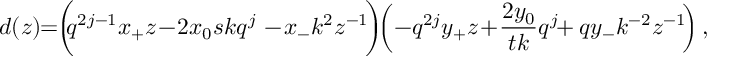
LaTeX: d ( z ) \! \! = \! \! \left( \! \! q ^ { 2 j - 1 } x _ { + } z \! - \! 2 x _ { 0 } s k q ^ { j } \phantom { \frac { q ^ { j } } { s } } \! \! \! \! \! \! - \! x _ { - } k ^ { 2 } z ^ { - 1 } \! \right) \! \! \left( - q ^ { 2 j } y _ { + } z \! + \! \frac { 2 y _ { 0 } } { t k } q ^ { j } \! \! + q y _ { - } k ^ { - 2 } z ^ { - 1 } \! \right) ,